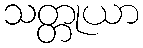
သတ္တုယာ